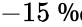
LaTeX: -15\mathrm{~\textperthousand~}